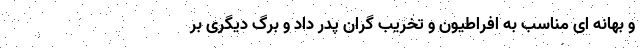
و بهانه ای مناسب به افراطیون و تخریب گران پدر داد و برگ دیگری بر